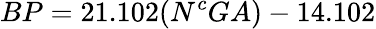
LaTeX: BP=21.102(N^{c}GA)-14.102